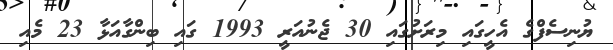
ޔުނިސެފްގެ އެހީގައި މިރަށުގައި 30 ޖެނުއަރީ 1993 ގައި ބިންގާއަޅާ 23 މެއި